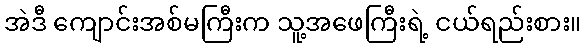
အဲဒီ ကျောင်းအစ်မကြီးက သူ့အဖေကြီးရဲ့ ငယ်ရည်းစား။